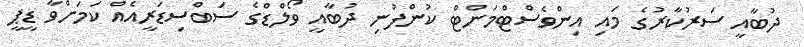
ދުބާއީ ސަރުކާރުގެ މައި އިންވެސްޓްމަންޓް ކުންފުނި ދުބާއީ ވޯލްޑްގެ ސަބްސިޑަރީއެއް ކަމަށްވާ ޑީޕީ